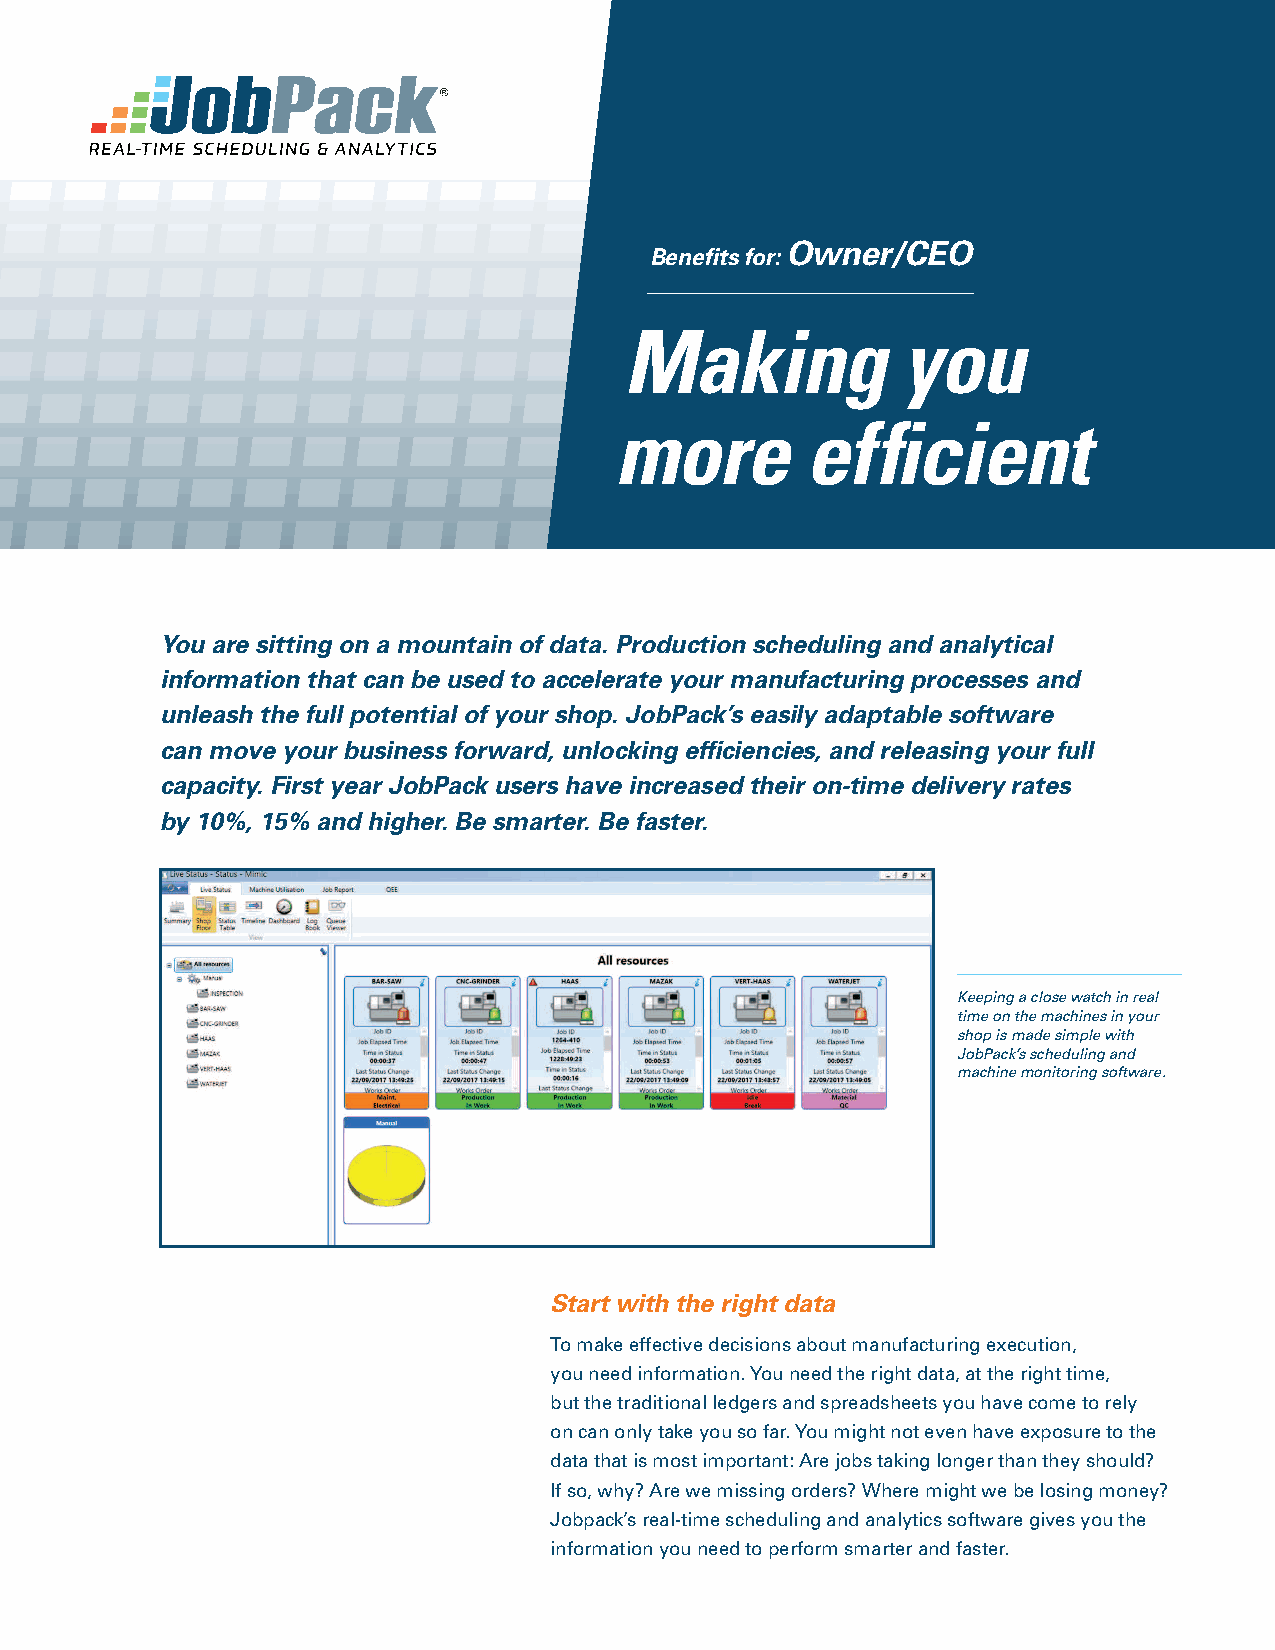
Owner/CEO
 Benefits for:
 Making             you
 more        ef   ficient
 You are sitting on a mountain of data. Production scheduling and analytical
 information that can be used to accelerate your manufacturing processes and
 unleash the full potential of your shop. JobPack’s easily adaptable software
 can move your business forward, unlocking efficiencies, and releasing your full
 capacity. First year JobPack users have increased their on-time delivery rates
 by 10%, 15% and higher. Be smarter. Be faster.
 Keeping a close watch in real
 time on the machines in your
 shop is made simple with
 JobPack’s scheduling and
 machine monitoring software.
 Start with the right data
 To make effective decisions about manufacturing execution,
 you need information. You need the right data, at the right time,
 but the traditional ledgers and spreadsheets you have come to rely
 on can only take you so far. You might not even have exposure to the
 data that is most important: Are jobs taking longer than they should?
 If so, why? Are we missing orders? Where might we be losing money?
 Jobpack’s real-time scheduling and analytics software gives you the
 information you need to perform smarter and faster.